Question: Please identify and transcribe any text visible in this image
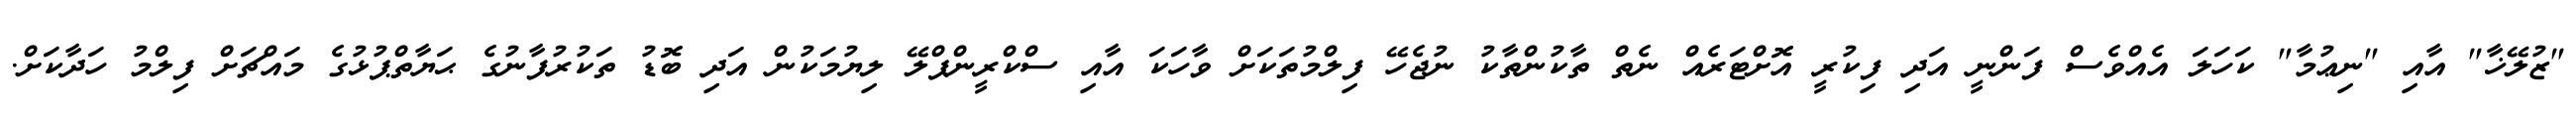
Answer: "ޒުލޭޚާ" އާއި "ނިޢުމާ" ކަހަލަ އެއްވެސް ފަންނީ އަދި ފިކުރީ އޮށްޓަރެއް ނެތް ތާކުންތާކު ނުޖެހޭ ފިލްމުތަކަށް ވާހަކަ އާއި ސްކްރީންޕްލޭ ލިޔުމަކުން އަދި ބޮޑު ތަކުރުފާނުގެ ޙަޔާތްޕުޅުގެ މައްޗަށް ފިލްމު ހަދާކަށް.